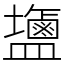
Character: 䀋